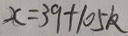
x = 3 9 + 1 0 5 k